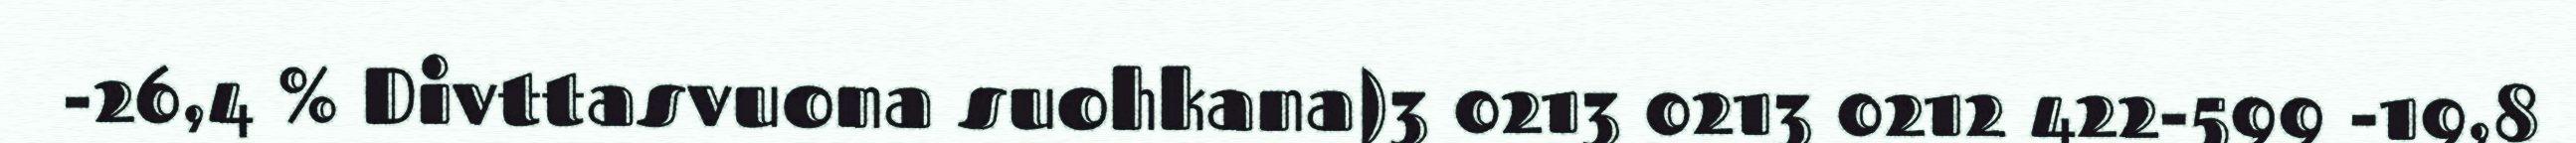
-26,4 % Divttasvuona suohkana)3 0213 0213 0212 422-599 -19,8